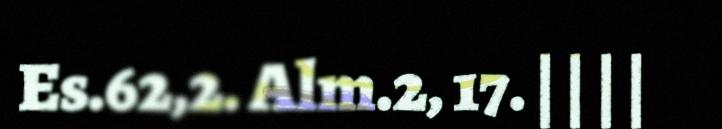
Es.62,2. Alm.2, 17. | | | |